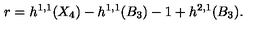
r = h ^ { 1 , 1 } ( X _ { 4 } ) - h ^ { 1 , 1 } ( B _ { 3 } ) - 1 + h ^ { 2 , 1 } ( B _ { 3 } ) .